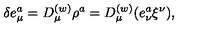
\delta e _ { \mu } ^ { a } = D _ { \mu } ^ { ( w ) } \rho ^ { a } = D _ { \mu } ^ { ( w ) } ( e _ { \nu } ^ { a } \xi ^ { \nu } ) ,